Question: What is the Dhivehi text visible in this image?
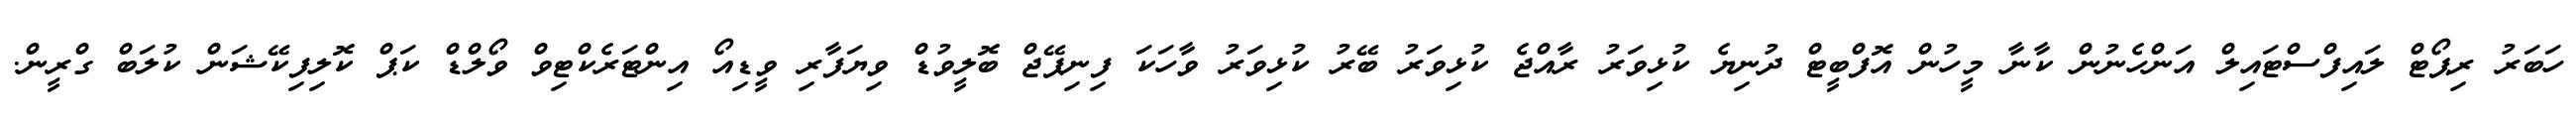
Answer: ހަބަރު ރިޕޯޓް ލައިފްސްޓައިލް އަންހެނުން ކާނާ މީހުން އޮފްބީޓް ދުނިޔެ ކުޅިވަރު ރާއްޖެ ކުޅިވަރު ބޭރު ކުޅިވަރު ވާހަކަ ފިނިޕޭޖް ބޮލީވުޑް ވިޔަފާރި ވީޑިއޯ އިންޓަރެކްޓިވް ވޯލްޑް ކަޕް ކޮލިފިކޭޝަން ކުލަބް ގްރީން.